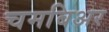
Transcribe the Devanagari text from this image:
चमबिअर